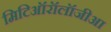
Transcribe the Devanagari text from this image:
मिटिऑरॉलॉजीआ